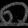
Digit: ၈